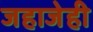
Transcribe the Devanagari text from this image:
जहाजेही